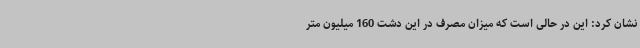
نشان کرد: این در حالی‌ است که میزان مصرف در این دشت 160 میلیون متر